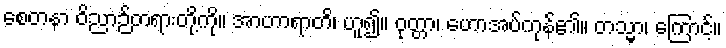
စေတနာ ဝိညာဉ်တရားတို့ကို။ အာဟာရာတိ၊ ဟူ၍။ ဝုတ္တာ၊ ဟောအပ်ကုန်၏။ တသ္မာ၊ ကြောင့်။